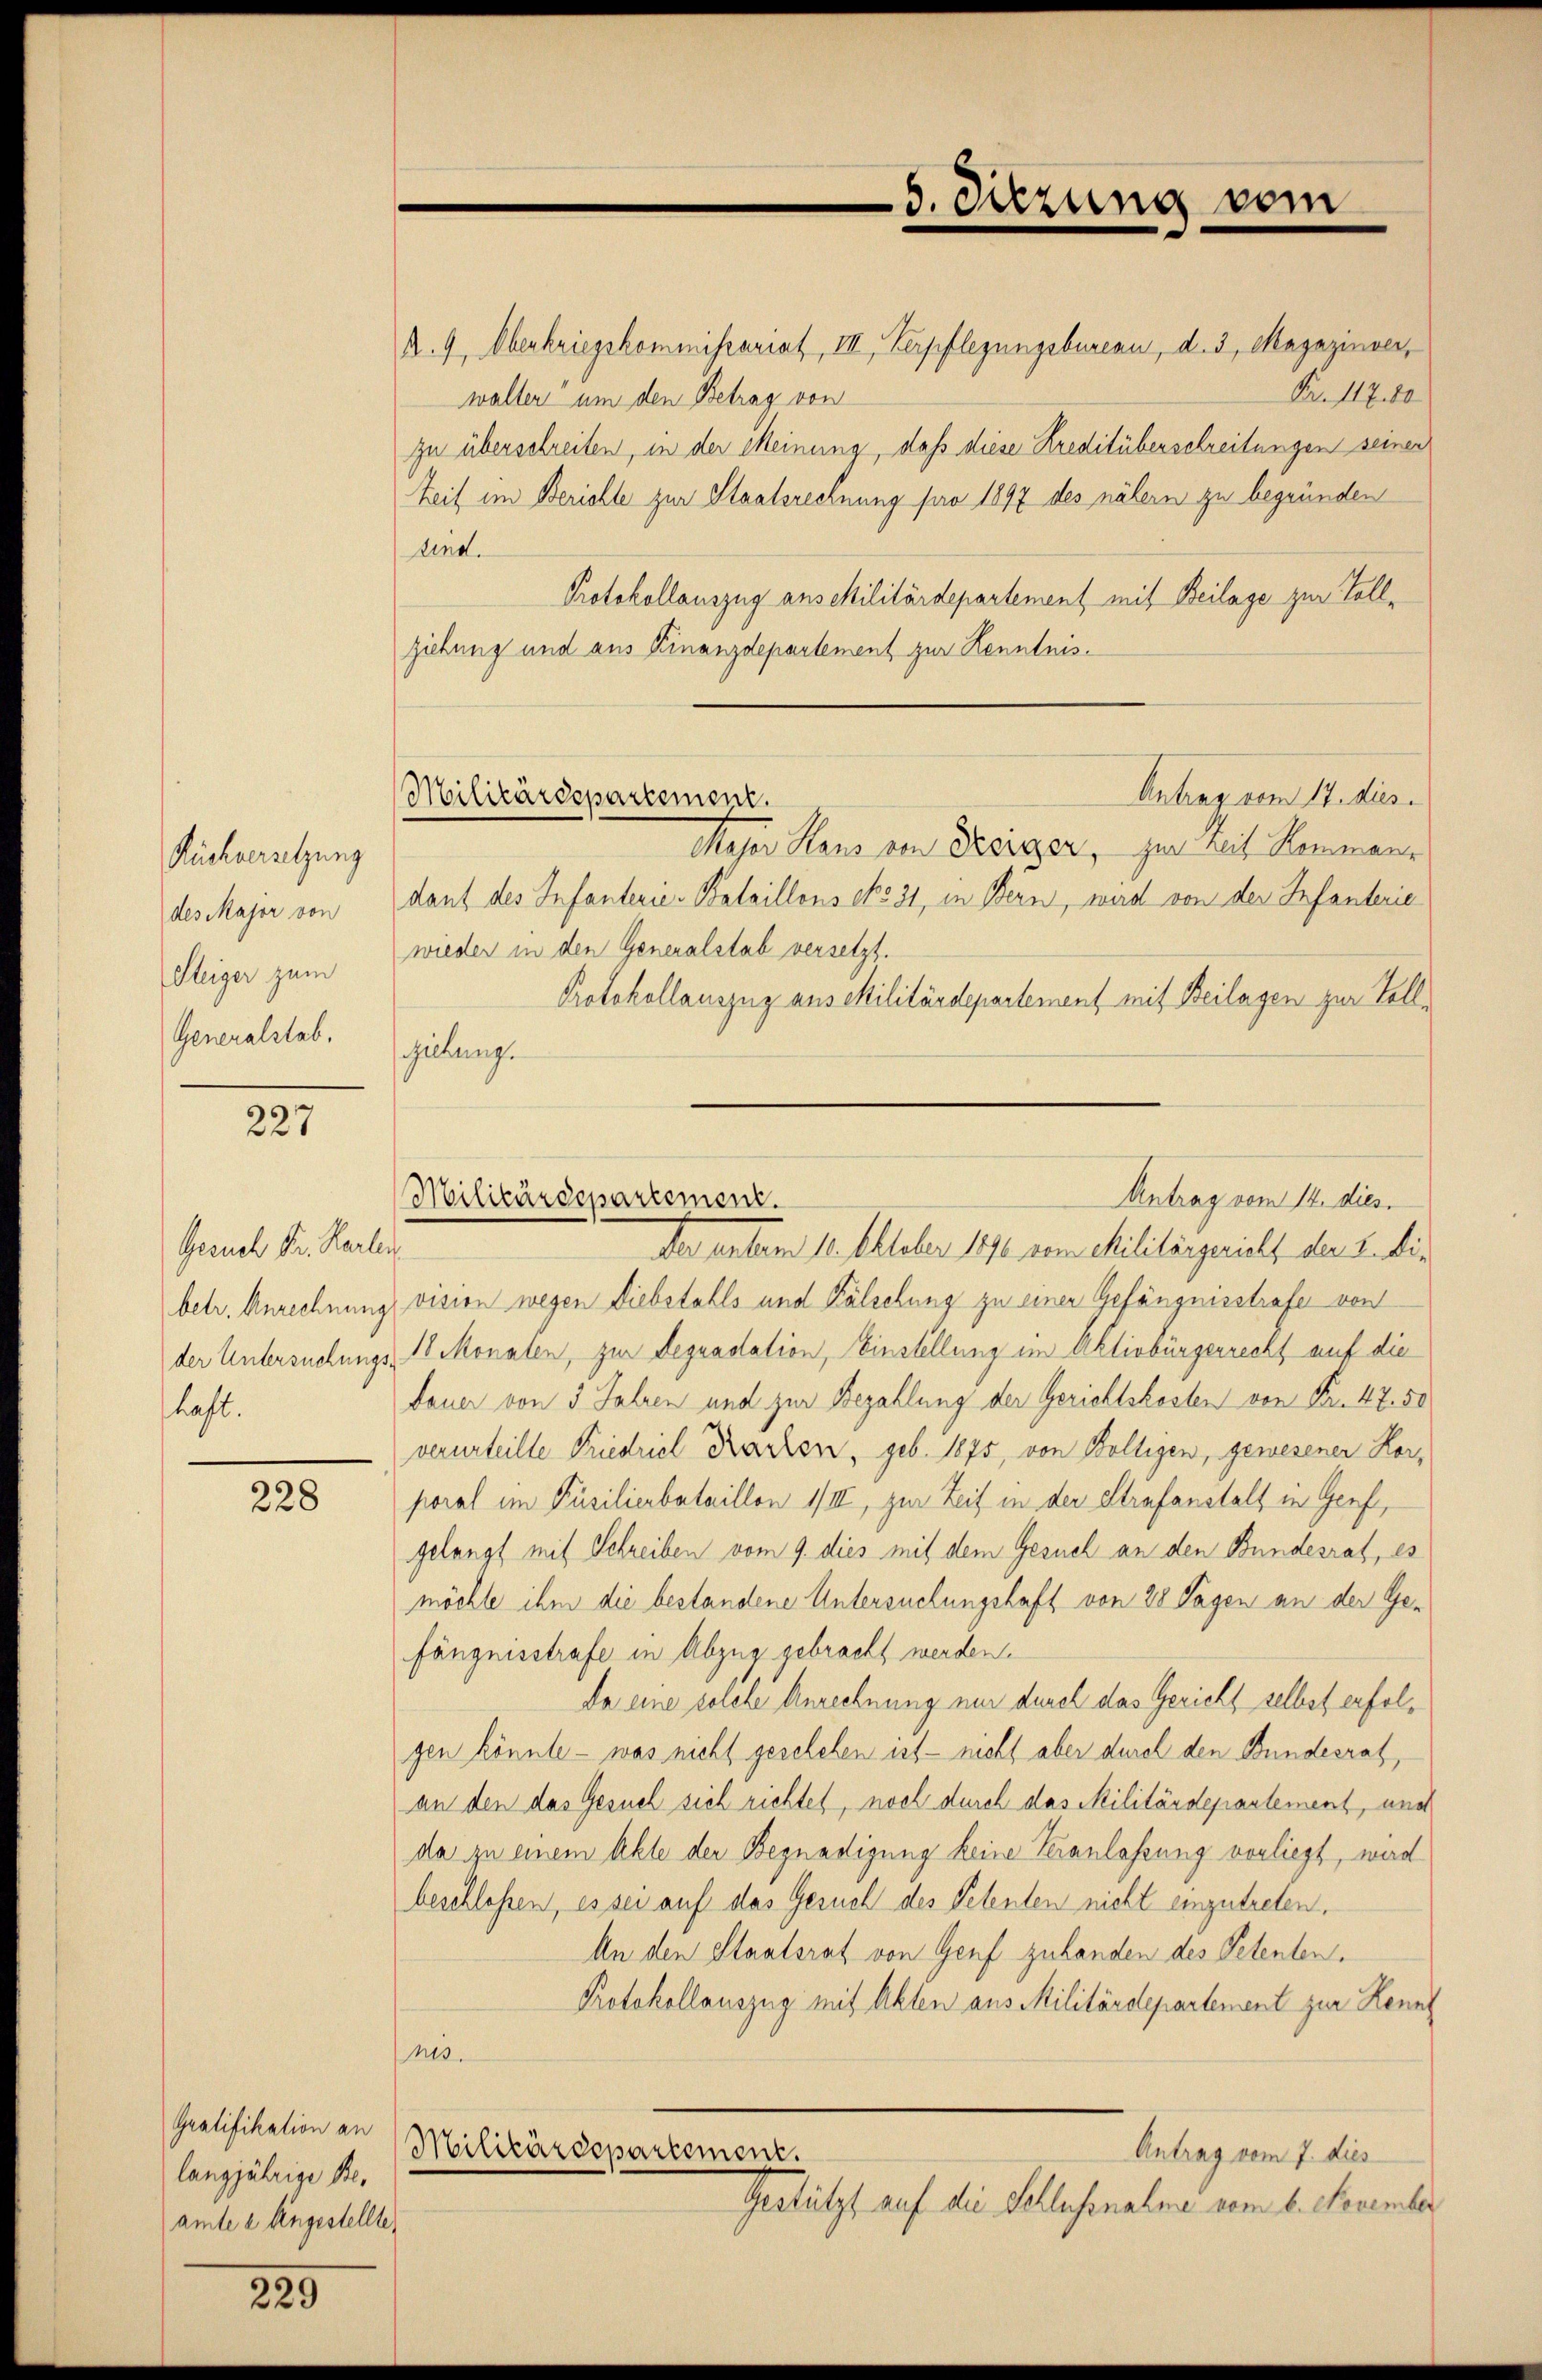
Rückversetzung
des Major von
Steiger zum
Generalstab.

227

Gesuch Fr. Karle
betr. Anrechnun
der Untersuchung
hast.

228

Gratifikation an
langjährige Beamte e Eingestellte

229

R. 9. Oberkriegskommissariat VII Verpflegungsbureau, d. 3, Magazinver,
Fr. 11780
waller um den Betrag von
zu überschreiben, in der Meinung, daß diese Kreditüberschreitungen seiner
Zeit im Berichte zur Staatsrechnung pro 1897 des nähern zu begründen
sind.
Protokollauszug anschilitärdepartement mit Beilage zur Vollziehung und aus Finanzdepartement zur Kenntnis¬
Antrag vom 17. dies
Major Haus von Desiger, zur reit Hammann
dant des Infanterie-Bataillons No. 31, in Bern, wird von der Infanterie
wieder in den Generalstab versetzt.
Protokollauszug aus Militärdepartement mit Beilagen zur Vollhiebung.
s
der unterm 10. Oktober 1890 vom Militärgericht der 3. bis
vision wegen Diebstahls und Fälschung zu einer Gefängnisstrafe von
 18 Monaten, zur Requadation, Einstellung im Aktivbürgerrecht auf die
tauer von 3 Jahren und zur Bezahlung der Gerichtskosten von Fr. 47. 50
verurteilte Friedriel Karten, geb. 1875, von Wolligen, gewesener Korporal im Püsilierbataillon 1/III, zur Zeit in der Strafanstalt in Genf,
gelangt mit Schreiben vom 9. dies mit dem Gesuch an den Bundesrat, es
möchte ihm die bestandene Untersuchungshaft von 28 Tagen an der Gefängnisstrafe in Abzug gebracht werden.
Da eine solche Anrechnung nur durch das Gericht selbst erfolgen könnte - was nicht geschehen ist - nicht aber durch den Bundesrat
an den das Gesuch sich richtet, noch durch das Militärdepartement, und
da zu einem Akte der Begnadigung keine Veranlassung vorliegt, wird
beschlossen, es sei auf das Gesuch des Petenten nicht einzutreten.
An den Staatsrat von Genf zuhanden des Petenten.
Protokollauszug mit Akten aus Militärdepartement zur Kennt
n13.
Militärdepartement.
Antrag vom 7. dies
Gestützt auf die Schlussnahme vom 6. November

8. Sitzung vom

Militärdepartement.

Antrag vom 14. dies
Militärdepartement.